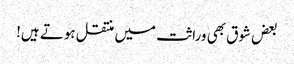
بعض شوق بھی وراثت میں منتقل ہوتے ہیں!